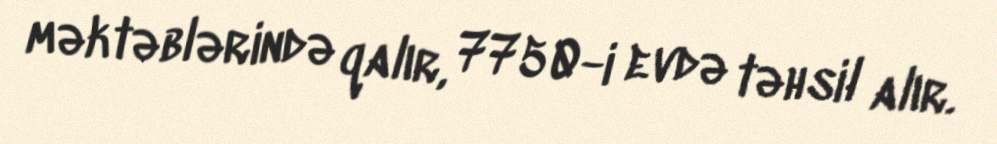
məktəblərində qalır, 7750-i evdə təhsil alır.